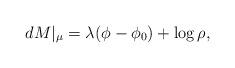
LaTeX: \begin{align*} dM|_{\mu} = \lambda( \phi-\phi_0 ) + \log \rho, \end{align*}